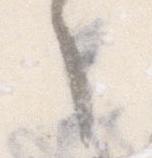
々